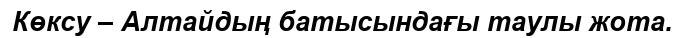
Көксу – Алтайдың батысындағы таулы жота.